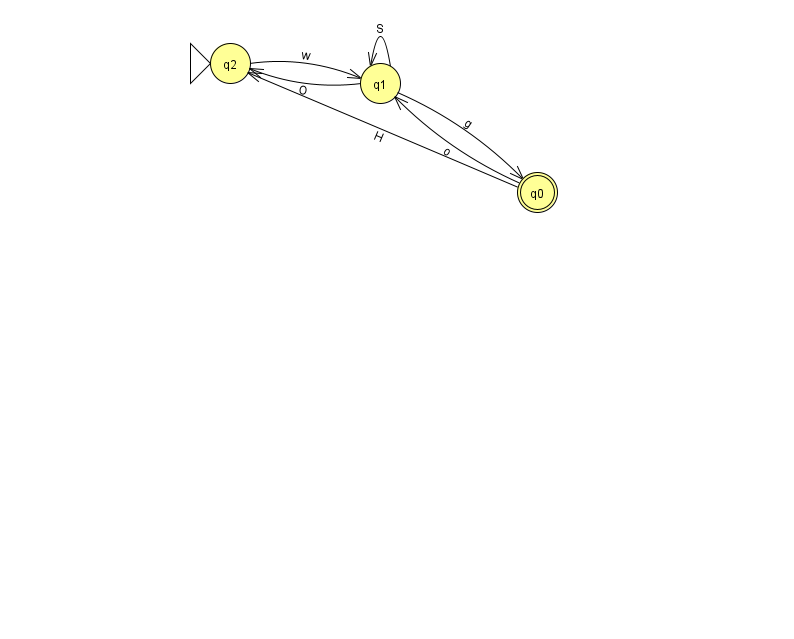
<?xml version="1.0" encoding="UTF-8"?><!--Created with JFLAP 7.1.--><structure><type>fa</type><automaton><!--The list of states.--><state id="0" name="q0"><x>537.0</x><y>179.0</y><final/></state><state id="1" name="q1"><x>380.0</x><y>70.0</y></state><state id="2" name="q2"><x>230.0</x><y>50.0</y><initial/></state><!--The list of transitions.--><transition><from>0</from><to>2</to><read>H</read></transition><transition><from>0</from><to>1</to><read>o</read></transition><transition><from>1</from><to>1</to><read>S</read></transition><transition><from>2</from><to>1</to><read>w</read></transition><transition><from>1</from><to>0</to><read>g</read></transition><transition><from>1</from><to>2</to><read>O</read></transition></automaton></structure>